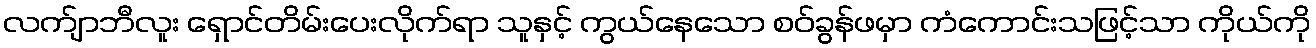
လက်ျာဘီလူး ရှောင်တိမ်းပေးလိုက်ရာ သူနှင့် ကွယ်နေသော စဝ်ခွန်ဖမှာ ကံကောင်းသဖြင့်သာ ကိုယ်ကို